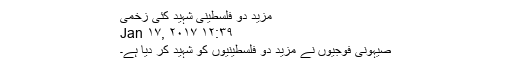
مزید دو فلسطینی شہید کئی زخمی
Jan ۱۷, ۲۰۱۷ ۱۲:۳۹
صیہونی فوجیوں نے مزید دو فلسطینیوں کو شہید کر دیا ہے۔